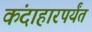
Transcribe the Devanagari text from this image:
कंदाहारपर्यंत